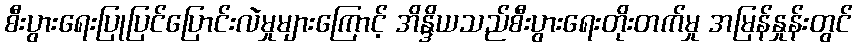
စီးပွားရေးပြုပြင်ပြောင်းလဲမှုများကြောင့် အိန္ဒိယသည်စီးပွားရေးတိုးတက်မှု အမြန်နှုန်းတွင်